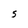
Character: S